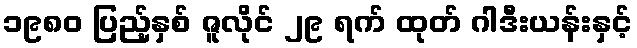
၁၉၈၀ ပြည့်နှစ် ဇူလိုင် ၂၉ ရက် ထုတ် ဂါဒီးယန်းနှင့်